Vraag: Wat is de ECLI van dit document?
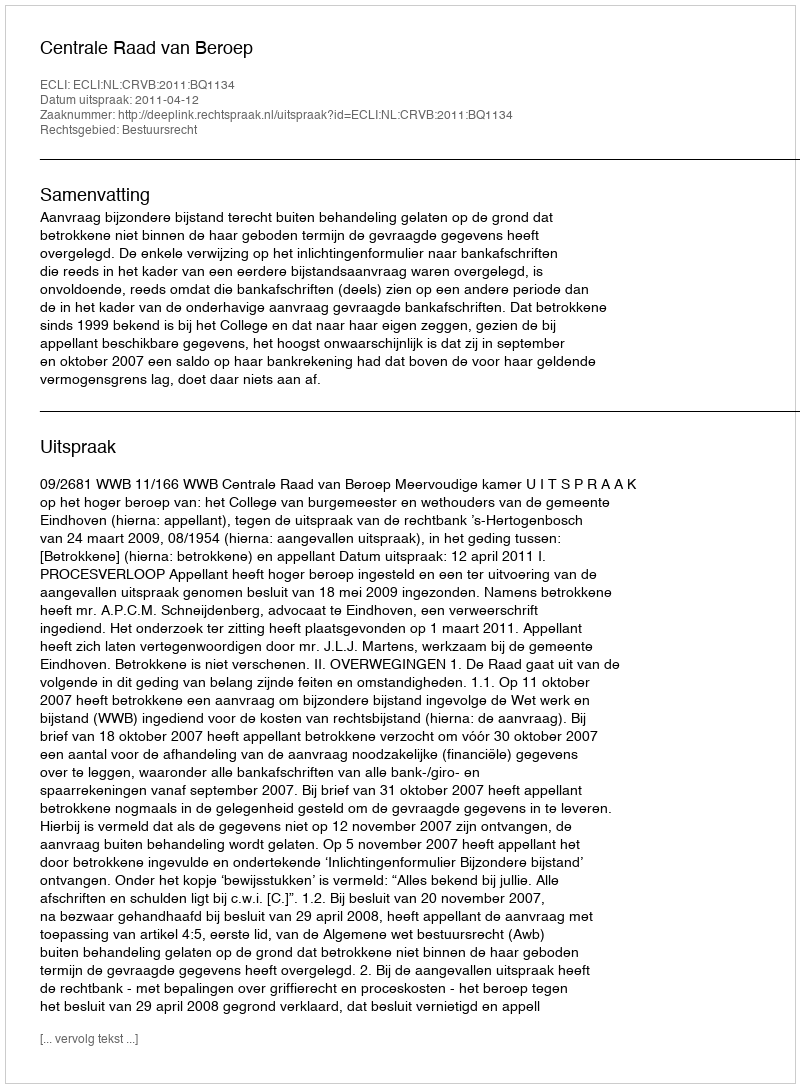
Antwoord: ECLI:NL:CRVB:2011:BQ1134